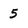
Character: 5